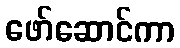
ဖော်ဆောင်ကာ